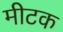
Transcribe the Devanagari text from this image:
मीटक